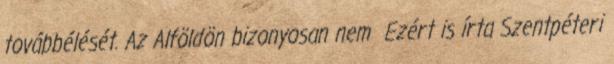
továbbélését. Az Alföldön bizonyosan nem Ezért is írta Szentpéteri